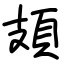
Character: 頍